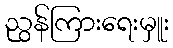
ညွန်ကြားရေးမှူး